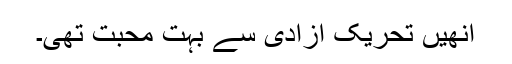
انھیں تحریک آزادی سے بہت محبت تھی۔